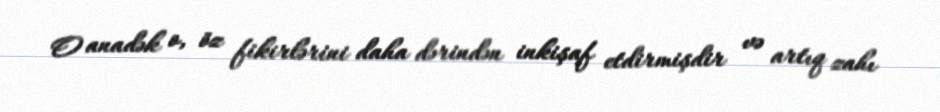
O anadək o, öz fikirlərini daha dərindən inkişaf etdirmişdir və artıq zahı